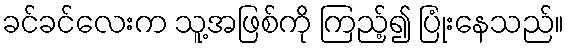
ခင်ခင်လေးက သူ့အဖြစ်ကို ကြည့်၍ ပြုံးနေသည်။